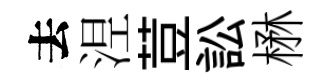
去𣵀荳訟楙